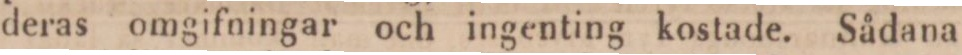
deras omgifningar och ingenting kostade. Sådana